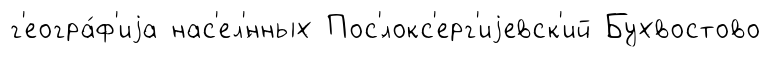
г'еогра́ф'иjа нас'ел'́нных Пос'́локс'ерг'иjевск'ий Бухвостово